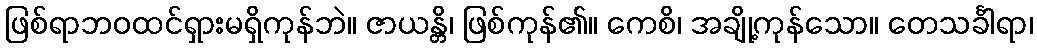
ဖြစ်ရာဘဝထင်ရှားမရှိကုန်ဘဲ။ ဇာယန္တိ၊ ဖြစ်ကုန်၏။ ကေစိ၊ အချို့ကုန်သော။ တေသင်္ခါရာ၊